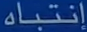
إنتباه